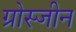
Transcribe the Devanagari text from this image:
ग्रोस्जीन